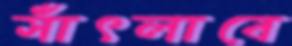
সাঁৎলাবে